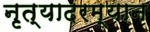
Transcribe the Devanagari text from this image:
नृत्यादरम्यान